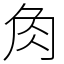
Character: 𧢲